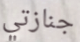
جنازتي